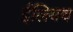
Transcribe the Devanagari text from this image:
ईलियच